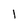
Character: 1